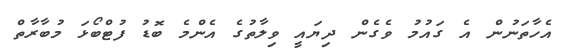
އެހާތަނުން އެ ގައުމު ވެގެން ދިޔައީ ވިލާތުގެ އެންމެ ބޮޑު ފުޓްބޯޅަ މުބާރާތް